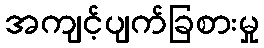
အကျင့်ပျက်ခြစားမှု